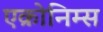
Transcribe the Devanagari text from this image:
एक्रोनिम्स